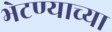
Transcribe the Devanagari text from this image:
भेटण्याच्या